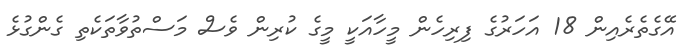
އޭގެތެރެއިން 18 އަހަރުގެ ފިރިހެން މީހާއަކީ މީގެ ކުރިން ވެސް މަސްތުވާތަކެތި ގެންގުޅެ